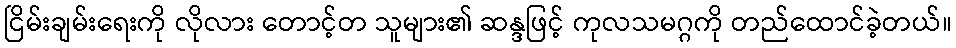
ငြိမ်းချမ်းရေးကို လိုလား တောင့်တ သူများ၏ ဆန္ဒဖြင့် ကုလသမဂ္ဂကို တည်ထောင်ခဲ့တယ်။